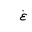
Letter: _gayn